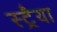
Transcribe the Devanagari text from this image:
स्ट्रैया